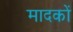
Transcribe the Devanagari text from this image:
मादकों